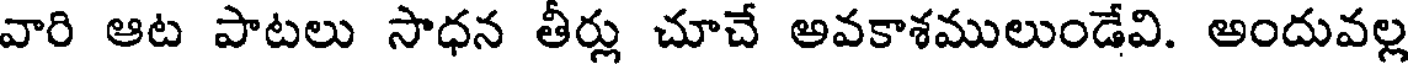
వారి ఆట పాటలు సాధన తీర్లు చూచే అవకాశములుండేవి. అందువల్ల